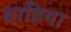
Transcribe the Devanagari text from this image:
वाहिया